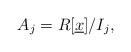
LaTeX: \begin{align*} A_j = R[\underline{x}]/I_j,\end{align*}